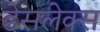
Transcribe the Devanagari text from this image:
डेसलेक्स